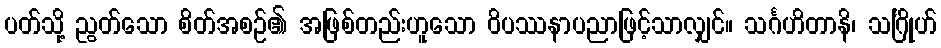
ပတ်သို့ ညွတ်သော စိတ်အစဉ်၏ အဖြစ်တည်းဟူသော ဝိပဿနာပညာဖြင့်သာလျှင်။ သင်္ဂဟိတာနိ၊ သင်္ဂြိုဟ်